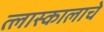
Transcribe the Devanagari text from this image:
त्लास्कालाचे